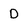
Character: D